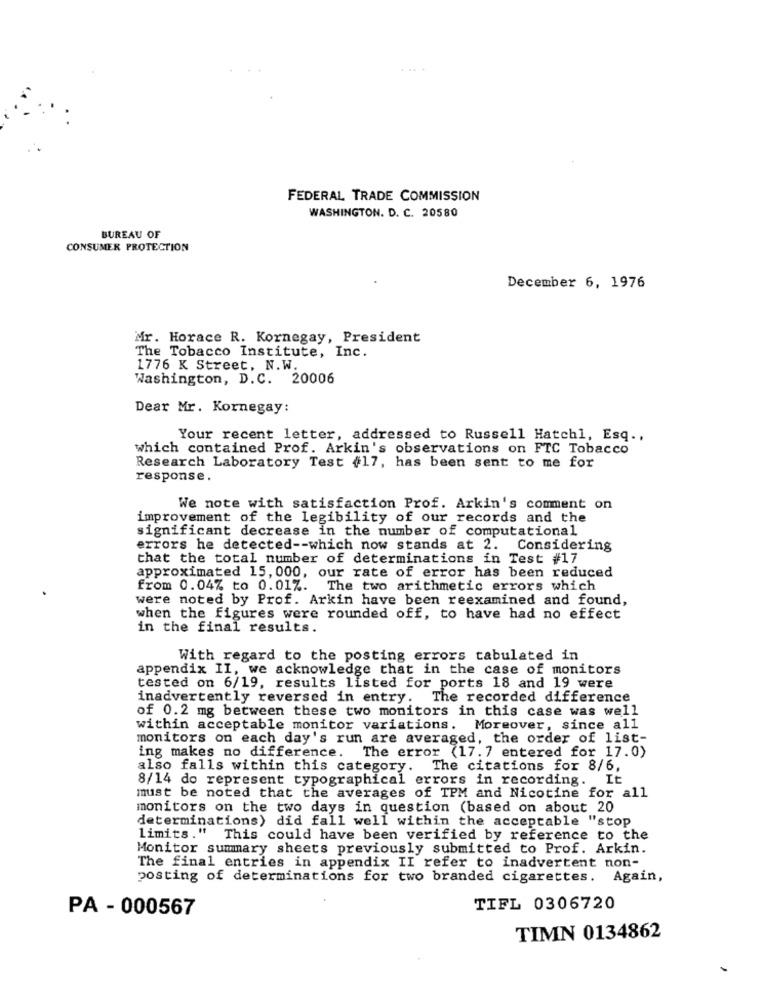
....
FEDERAL TRADE COMMISSION
WASHINGTON. D. C. 20580
BUREAU OF
CONSUMER PROTECTION
December 6, 1976
Mr. Horace R. Kornegay, President
The Tobacco Institute, Inc.
1776 K Street, N.W.
Washington, D.C. 20006
Dear Mr. Kornegay:
Your recent letter, addressed to Russell Hatchl, Esq .,
which contained Prof. Arkin's observations on FTC Tobacco
Research Laboratory Test #17, has been sent to me for
response.
We note with satisfaction Prof. Arkin's comment on
improvement of the legibility of our records and the
significant decrease in the number of computational
errors he detected -- which now stands at 2. Considering
that the total number of determinations in Test #17
approximated 15, 000, our rate of error has been reduced
from 0.04% to 0.01%. The two arithmetic errors which
were noted by Prof. Arkin have been reexamined and found,
when the figures were rounded off, to have had no effect
in the final results.
With regard to the posting errors tabulated in
appendix II, we acknowledge that in the case of monitors
tested on 6/19, results listed for ports 18 and 19 were
inadvertently reversed in entry.
The recorded difference
of 0.2 mg between these two monitors in this case was well
within acceptable monitor variations. Moreover, since all
monitors on each day's run are averaged, the order of list-
ing makes no difference. The error (17.7 entered for 17.0)
also falls within this category. The citations for 8/6,
8/14 do represent typographical errors in recording. It
must be noted that the averages of TPM and Nicotine for all
monitors on the two days in question (based on about 20
determinations) did fall well within the acceptable "stop
limits." This could have been verified by reference to the
Monitor summary sheets previously submitted to Prof. Arkin.
The final entries in appendix II refer to inadvertent non-
posting of determinations for two branded cigarettes. Again,
PA - 000567
TIFL 0306720
TIMN 0134862